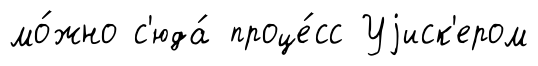
мо́жно с'юда́ проце́сс Уjиск'ером